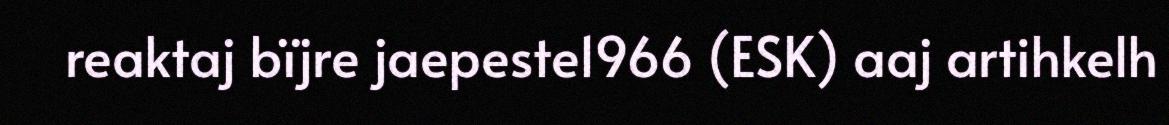
reaktaj bïjre jaepeste1966 (ESK) aaj artihkelh